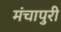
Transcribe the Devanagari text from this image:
मंचापुरी